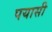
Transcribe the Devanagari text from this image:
पयासी